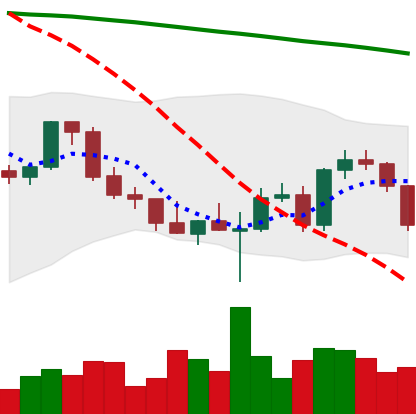
Ticker: ETH-USD
Chart end date: 2022-03-04
Forward return: 4.303%
Label: up_3_5